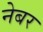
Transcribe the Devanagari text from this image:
नेबर